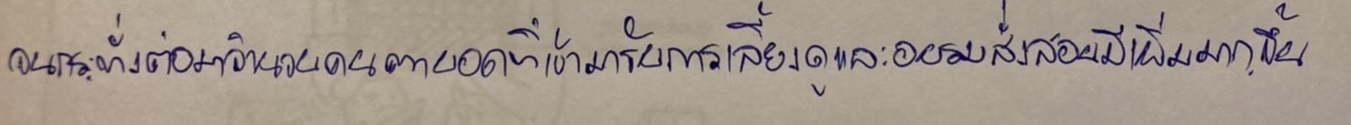
จนกระทั่งต่อมาจำนวนคนตาบอดที่เข้ามารับการเลี้ยงดูและอบรมสั่งสอนมีเพิ่มมากขึ้น